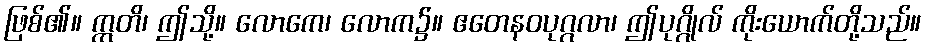
ဖြစ်၏။ ဣတိ၊ ဤသို့။ လောကေ၊ လောက၌။ ဧတေနဝပုဂ္ဂလာ၊ ဤပုဂ္ဂိုလ် ကိုးယောက်တို့သည်။